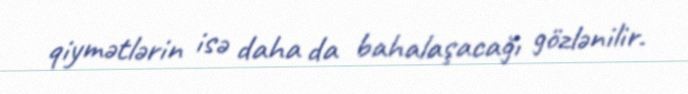
qiymətlərin isə daha da bahalaşacağı gözlənilir.